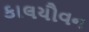
કાલયૌવન